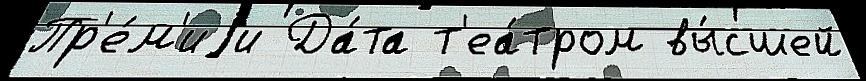
Пр'е́м'иjи Да́та т'еа́тром вы́сшей